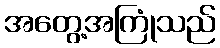
အတွေ့အကြုံသည်